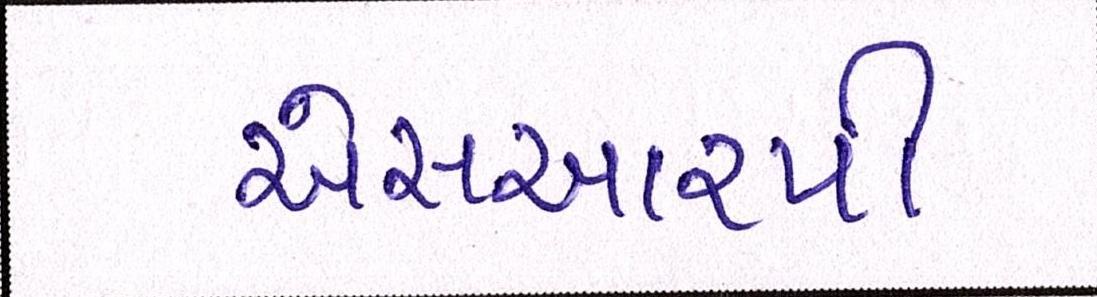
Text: એસઆરપી